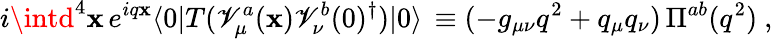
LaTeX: i\intd^{4}\mathbf{x}\, e^{iq\mathbf{x}}\langle0|T(\mathscr{V}_{\mu}^{a}(\mathbf{x})\mathscr{V}_{\nu}^{b}(0)^{\dagger})|0\rangle\, \equiv(-g_{\mu\nu}q^{2}+q_{\mu}q_{\nu})\, \Pi^{ab}(q^{2})\ ,